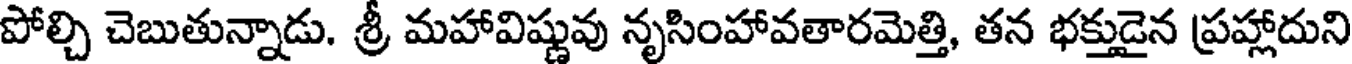
పోల్చి చెబుతున్నాడు. శ్రీ మహావిష్ణువు నృసింహావతారమెత్తి, తన భక్తుడైన ప్రహ్లాదుని